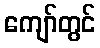
ကျော်တွင်